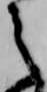
之